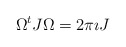
\begin{align*} \Omega^t J \Omega = 2\pi \imath J\end{align*}